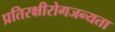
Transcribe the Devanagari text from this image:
प्रतिरक्षीरोगजन्यता